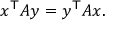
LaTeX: x ^ { \mathsf { T } } A y = y ^ { \mathsf { T } } A x .